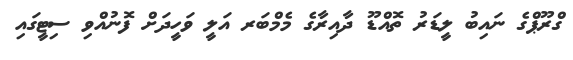
ގްރޫޕްގެ ނައިބު ލީޑަރު ތޮއްޑޫ ދާއިރާގެ މެމްބަރ އަލީ ވަހީދަށް ފޮނުއްވި ސިޓީގައި